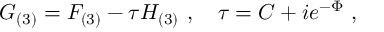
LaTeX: G _ { ( 3 ) } = F _ { ( 3 ) } - \tau H _ { ( 3 ) } \ , \quad \tau = C + i e ^ { - \Phi } \ ,